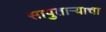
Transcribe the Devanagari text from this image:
सापुताऱ्याचा